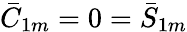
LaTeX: \bar{C}_{1m}=0=\bar{S}_{1m}